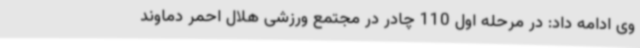
وی ادامه داد: در مرحله اول 110 چادر در مجتمع ورزشی هلال احمر دماوند